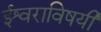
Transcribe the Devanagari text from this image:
ईश्वराविषयी